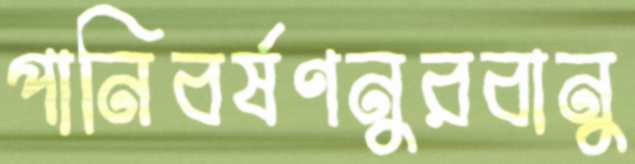
পানিবর্ষণনুরবানু